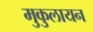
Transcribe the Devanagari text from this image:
मुकुलायन